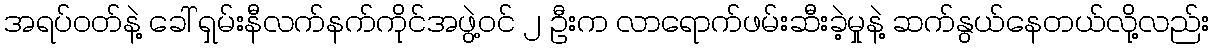
အရပ်ဝတ်နဲ့ ခေါ် ရှမ်းနီလက်နက်ကိုင်အဖွဲ့ဝင် ၂ ဦးက လာရောက်ဖမ်းဆီးခဲ့မှုနဲ့ ဆက်နွယ်နေတယ်လို့လည်း